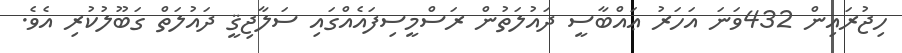
ހިޖުރައިން 432ވަނަ އަހަރު ޢައްބާސީ ދައުލަތުން ރަސްމީސިފައެއްގައި ސަލާޖިޤީ ދައުލަތް ގަބޫލުކުރި އެވެ.